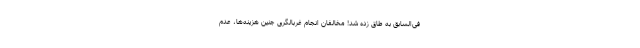
فی‌السابق به طاق زده شد! مخالفان انجام غربالگری جنین هزینه‌ها، عدم